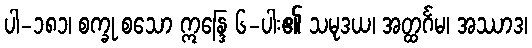
ပါ-၁၈၁၊ စက္ခု စသော ဣန္ဒြေ ၆-ပါး၏ သမုဒယ၊ အတ္ထင်္ဂမ၊ အဿာဒ၊